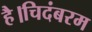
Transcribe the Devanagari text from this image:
है।चिदंबरम